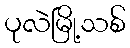
ပုလဲမြို့သစ်